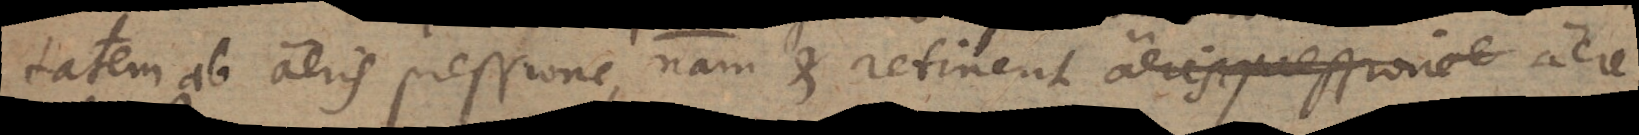
tatem ab aeris pressione, nam et retinent aeris pressione e aere